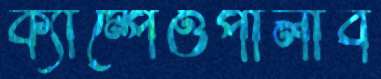
ক্যাম্পেওপালাব